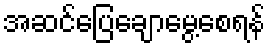
အဆင်ပြေချောမွေ့စေရန်